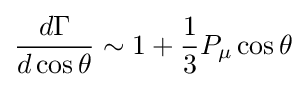
{\frac {d\Gamma }{d\cos \theta }}\sim 1+{\frac {1}{3}}P_{\mu }\cos \theta